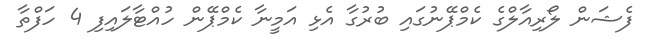
ފެޝަން ލޯރިއާލްގެ ކެމްޕޭނުގައި ބުރުގާ އެޅި އަމީނާ ކެމްޕޭން ހުއްޓާލައިފި 4 ހަފްތާ